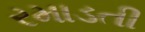
રમાડતી